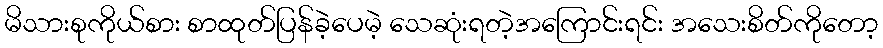
မိသားစုကိုယ်စား စာထုတ်ပြန်ခဲ့ပေမဲ့ သေဆုံးရတဲ့အကြောင်းရင်း အသေးစိတ်ကိုတော့